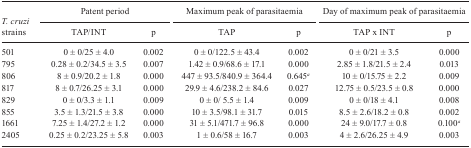
|  | <COLSPAN=2> Patent period |  | <COLSPAN=2> Maximum peak of parasitaemia |  | <COLSPAN=2> Day of maximum peak of parasitaemia |
 | T. cruzi strains | TAP/INT | p |  | TAP | p |  | TAP x INT | p |
 | --- | --- | --- | --- | --- | --- | --- | --- | --- |
 | 501 | 0 ± 0/25 ± 4.0 | 0.002 |  | 0 ± 0/122.5 ± 43.4 | 0.002 |  | 0 ± 0/21 ± 3.5 | 0.000 |
 | 795 | 0.28 ± 0.2/34.5 ± 3.5 | 0.007 |  | 1.42 ± 0.9/68.6 ± 17.1 | 0.000 |  | 2.85 ± 1.8/21.5 ± 2.4 | 0.013 |
 | 806 | 8 ± 0.9/20.2 ± 1.8 | 0.000 |  | 447 ± 93.5/840.9 ± 364.4 | 0.645a |  | 10 ± 0/15.75 ± 2.2 | 0.009 |
 | 817 | 8 ± 0.7/26.25 ± 3.1 | 0.000 |  | 29.9 ± 4.6/238.2 ± 84.6 | 0.027 |  | 12.75 ± 0.5/23.5 ± 0.8 | 0.000 |
 | 829 | 0 ± 0/3.3 ± 1.1 | 0.009 |  | 0 ± 0/ 5.5 ± 1.4 | 0.009 |  | 0 ± 0/18 ± 4.1 | 0.008 |
 | 855 | 3.5 ± 1.3/21.5 ± 3.8 | 0.000 |  | 10 ± 3.5/98.1 ± 31.7 | 0.015 |  | 8.5 ± 2.6/18.2 ± 0.8 | 0.002 |
 | 1661 | 7.25 ± 1.4/27.2 ± 1.2 | 0.000 |  | 31 ± 5.1/471.7 ± 96.8 | 0.000 |  | 24 ± 9.0/17.7 ± 0.8 | 0.100a |
 | 2405 | 0.25 ± 0.2/23.25 ± 5.8 | 0.003 |  | 1 ± 0.6/58 ± 16.7 | 0.003 |  | 4 ± 2.6/26.25 ± 4.9 | 0.003 |